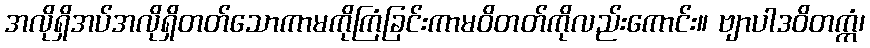
အလိုရှိအပ်အလိုရှိတတ်သောကာမကိုကြံခြင်းကာမဝိတတ်ကိုလည်းကောင်း။ ဗျာပါဒဝိတက္ကံ၊